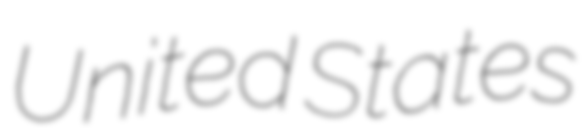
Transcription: United States